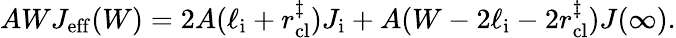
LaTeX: AWJ_{\mathrm{eff}}(W)=2A(\ell_{\mathrm{i}}+r_{\mathrm{cl}}^{\ddagger})J_{\mathrm{i}}+A(W-2\ell_{\mathrm{i}}-2r_{\mathrm{cl}}^{\ddagger})J(\infty).